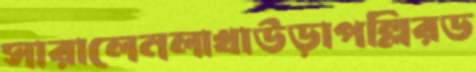
সারালেনলাখাউড়াপল্লিরড